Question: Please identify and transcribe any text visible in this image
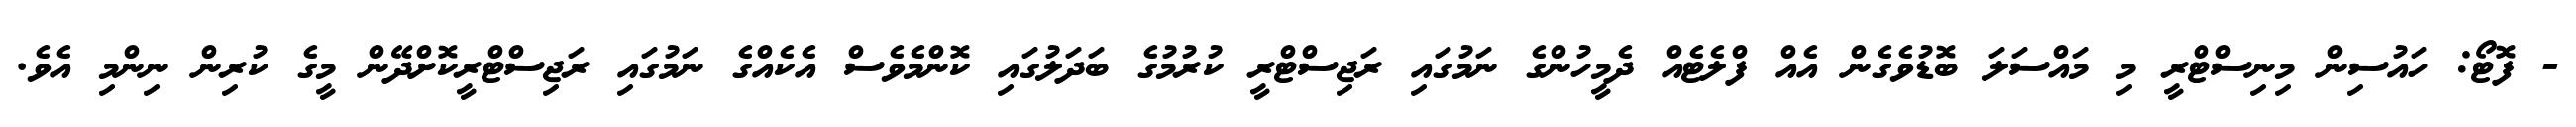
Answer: - ފޮޓޯ: ހައުސިން މިނިސްޓްރީ މި މައްސަލަ ބޮޑުވެގެން އެއް ފްލެޓެއް ދެމީހުންގެ ނަމުގައި ރަޖިސްޓްރީ ކުރުމުގެ ބަދަލުގައި ކޮންމެވެސް އެކެއްގެ ނަމުގައި ރަޖިސްޓްރީކޮށްދޭން މީގެ ކުރިން ނިންމި އެވެ.